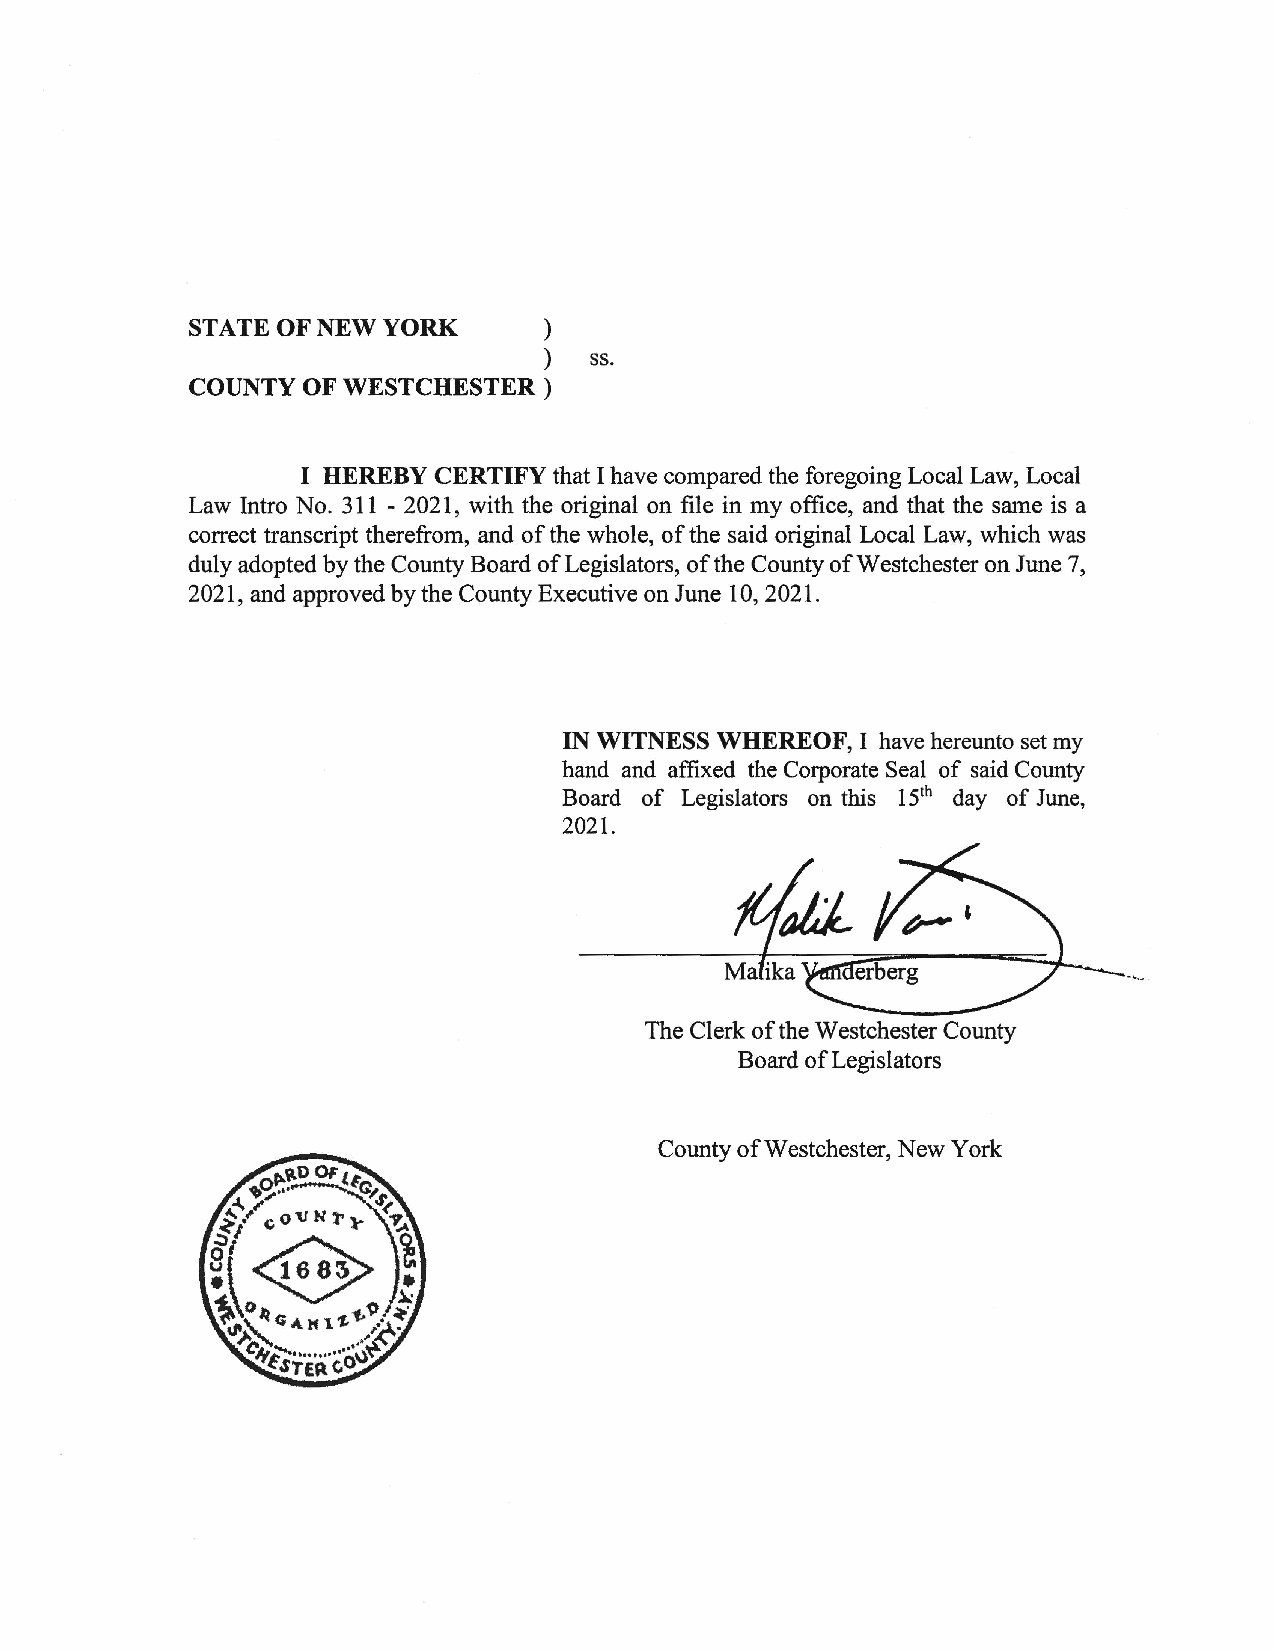
STATE OF NEW YORK      )
 )  ss.
 COUNTY OF WESTCHESTER  )
 I HEREBY CERTIFY that I have compared the foregoing Local Law, Local
 Law Intro No. 311 - 2021, with the original on file in my office, and that the same is a
 correct transcript therefrom, and of the whole, of the said original Local Law, which was
 duly adopted by the County Board of Legislators, of the County of Westchester on June 7,
 2021, and approved by the County Executive on June 10, 2021.
 IN WITNESS WHEREOF, I have hereunto set my
 hand and affixed the Corporate Seal of said County
 Board of Legislators on this 15th day of June,
 2021.
 The Clerk of the Westchester County
 Board of Legislators
 County of Westchester, New York